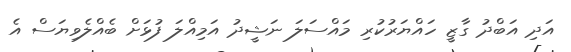
އަދި އަބްދު ގާޒީ ހައްޔަރުކުރި މައްސަލަ ނަޝީދު އަމިއްލަ ފުޅަށް ބެއްލެވިޔަސް އެ